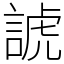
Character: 諕